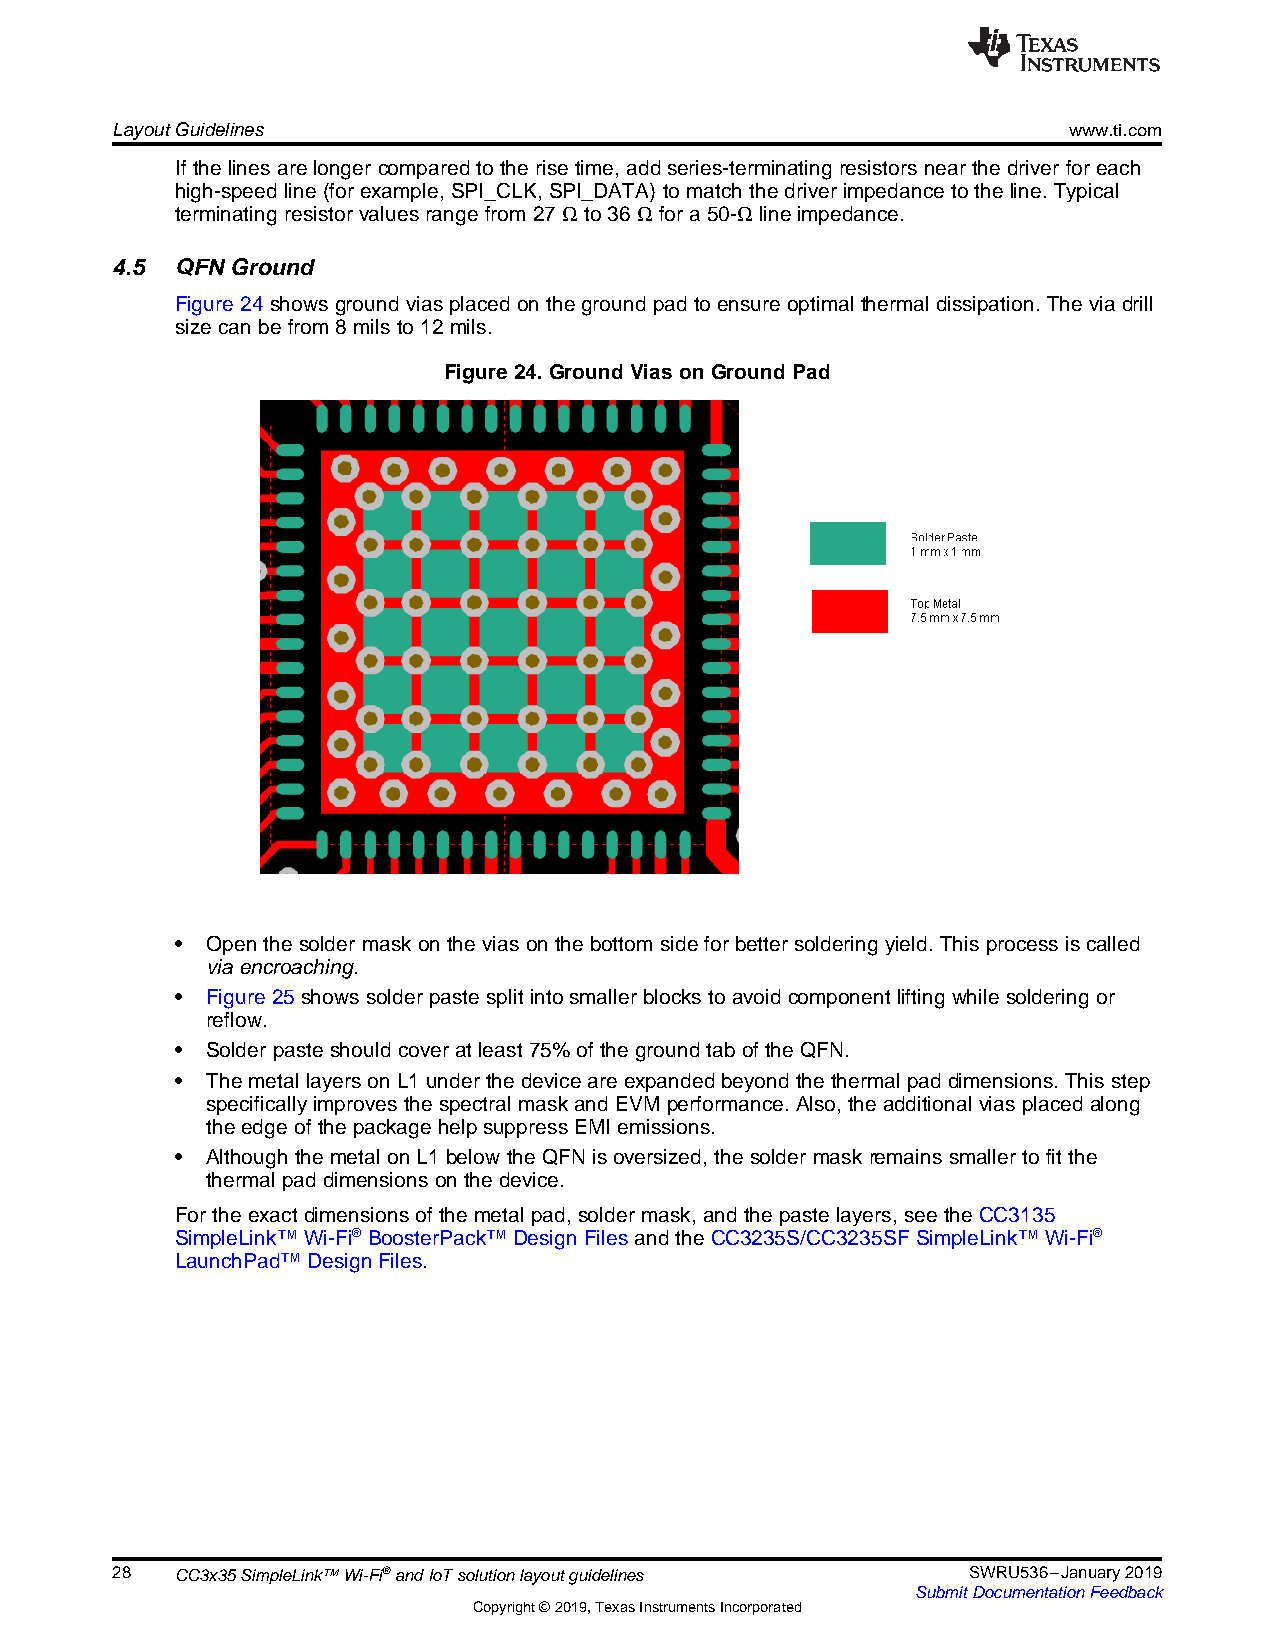
LayoutGuidelines                                                www.ti.com
 Ifthelinesarelongercomparedtotherisetime,addseries-terminatingresistorsnearthedriverforeach
 high-speedline(forexample,SPI_CLK,SPI_DATA)tomatchthedriverimpedancetotheline.Typical
 terminatingresistorvaluesrangefrom27 Ωto36 Ωfor a50-Ωlineimpedance.
 4.5  QFN Ground
 Figure24showsgroundviasplacedonthegroundpadtoensureoptimalthermaldissipation.Theviadrill
 sizecanbefrom8milsto12mils.
 Figure24. GroundViasonGroundPad
 • Openthesoldermaskontheviasonthebottom sidefor bettersolderingyield.Thisprocessiscalled
 viaencroaching.
 • Figure25showssolderpastesplitintosmaller blockstoavoidcomponentliftingwhilesoldering or
 reflow.
 • Solderpasteshouldcoveratleast75%ofthegroundtaboftheQFN.
 • ThemetallayersonL1underthedeviceareexpandedbeyondthethermalpaddimensions.Thisstep
 specificallyimprovesthespectralmaskandEVMperformance.Also,theadditionalviasplaced along
 theedgeofthepackagehelpsuppressEMIemissions.
 • AlthoughthemetalonL1belowtheQFNisoversized,thesolder maskremainssmallertofitthe
 thermalpaddimensionsonthedevice.
 Fortheexactdimensionsofthemetalpad,soldermask, andthepastelayers,seetheCC3135
 SimpleLink™Wi-Fi®BoosterPack™DesignFilesandtheCC3235S/CC3235SFSimpleLink™Wi-Fi®
 LaunchPad™DesignFiles.
 28   CC3x35SimpleLink™Wi-Fi®andIoTsolutionlayoutguidelines SWRU536–January2019
 SubmitDocumentationFeedback
 Copyright©2019,TexasInstrumentsIncorporated